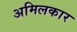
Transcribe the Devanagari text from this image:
अमिलकार